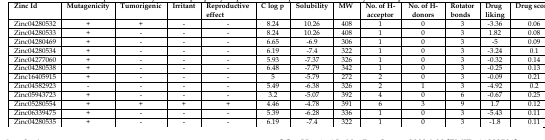
| Zinc Id | Mutagenicity | Tumorigenic | Irritant | Reproductive effect | C log p | Solubility | MW | No. of H-acceptor | No. of H-donors | Rotator bonds | Drug liking | Drug score |
 | --- | --- | --- | --- | --- | --- | --- | --- | --- | --- | --- | --- | --- |
 | Zinc04280532 | + | + | - | - | 8.24 | 10.26 | 408 | 1 | 0 | 3 | -3.36 | 0.06 |
 | Zinc04280533 | + | - | - | - | 8.24 | 10.26 | 408 | 1 | 0 | 3 | 1.82 | 0.08 |
 | Zinc04280469 | + | - | - | - | 6.65 | -6.9 | 306 | 1 | 0 | 3 | -5 | 0.09 |
 | Zinc04280534 | + | - | - | - | 6.19 | -7.4 | 322 | 1 | 0 | 3 | -3.24 | 0.1 |
 | Zinc04277060 | + | - | - | - | 5.93 | -7.37 | 326 | 1 | 0 | 3 | -0.32 | 0.14 |
 | Zinc04280538 | + | - | - | - | 6.48 | -7.79 | 342 | 1 | 0 | 3 | -0.25 | 0.13 |
 | Zinc16405915 | + | - | - | - | 5 | -5.79 | 272 | 2 | 0 | 3 | -0.09 | 0.21 |
 | Zinc04582923 | - | - | - | - | 5.49 | -6.38 | 326 | 2 | 1 | 3 | -4.92 | 0.2 |
 | Zinc05943723 | + | - | - | - | 3.2 | -5.07 | 392 | 4 | 0 | 6 | -0.67 | 0.25 |
 | Zinc05280554 | + | + | + | + | 4.46 | -4.78 | 391 | 6 | 3 | 9 | 1.7 | 0.12 |
 | Zinc06339475 | + | - | - | - | 5.39 | -6.28 | 336 | 1 | 0 | 3 | -5.43 | 0.11 |
 | Zinc04280535 | + | - | - | - | 6.19 | -7.4 | 322 | 1 | 0 | 3 | -1.8 | 0.11 |